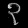
Digit: ၃